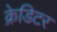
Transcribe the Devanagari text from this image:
क्रेडिटर